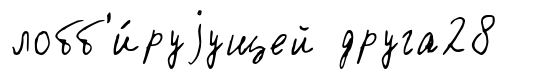
лобб'и́руjущей друга28